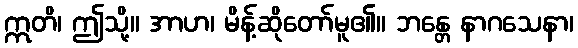
ဣတိ၊ ဤသို့။ အာဟ၊ မိန့်ဆိုတော်မူ၏။ ဘန္တေ နာဂသေနာ၊